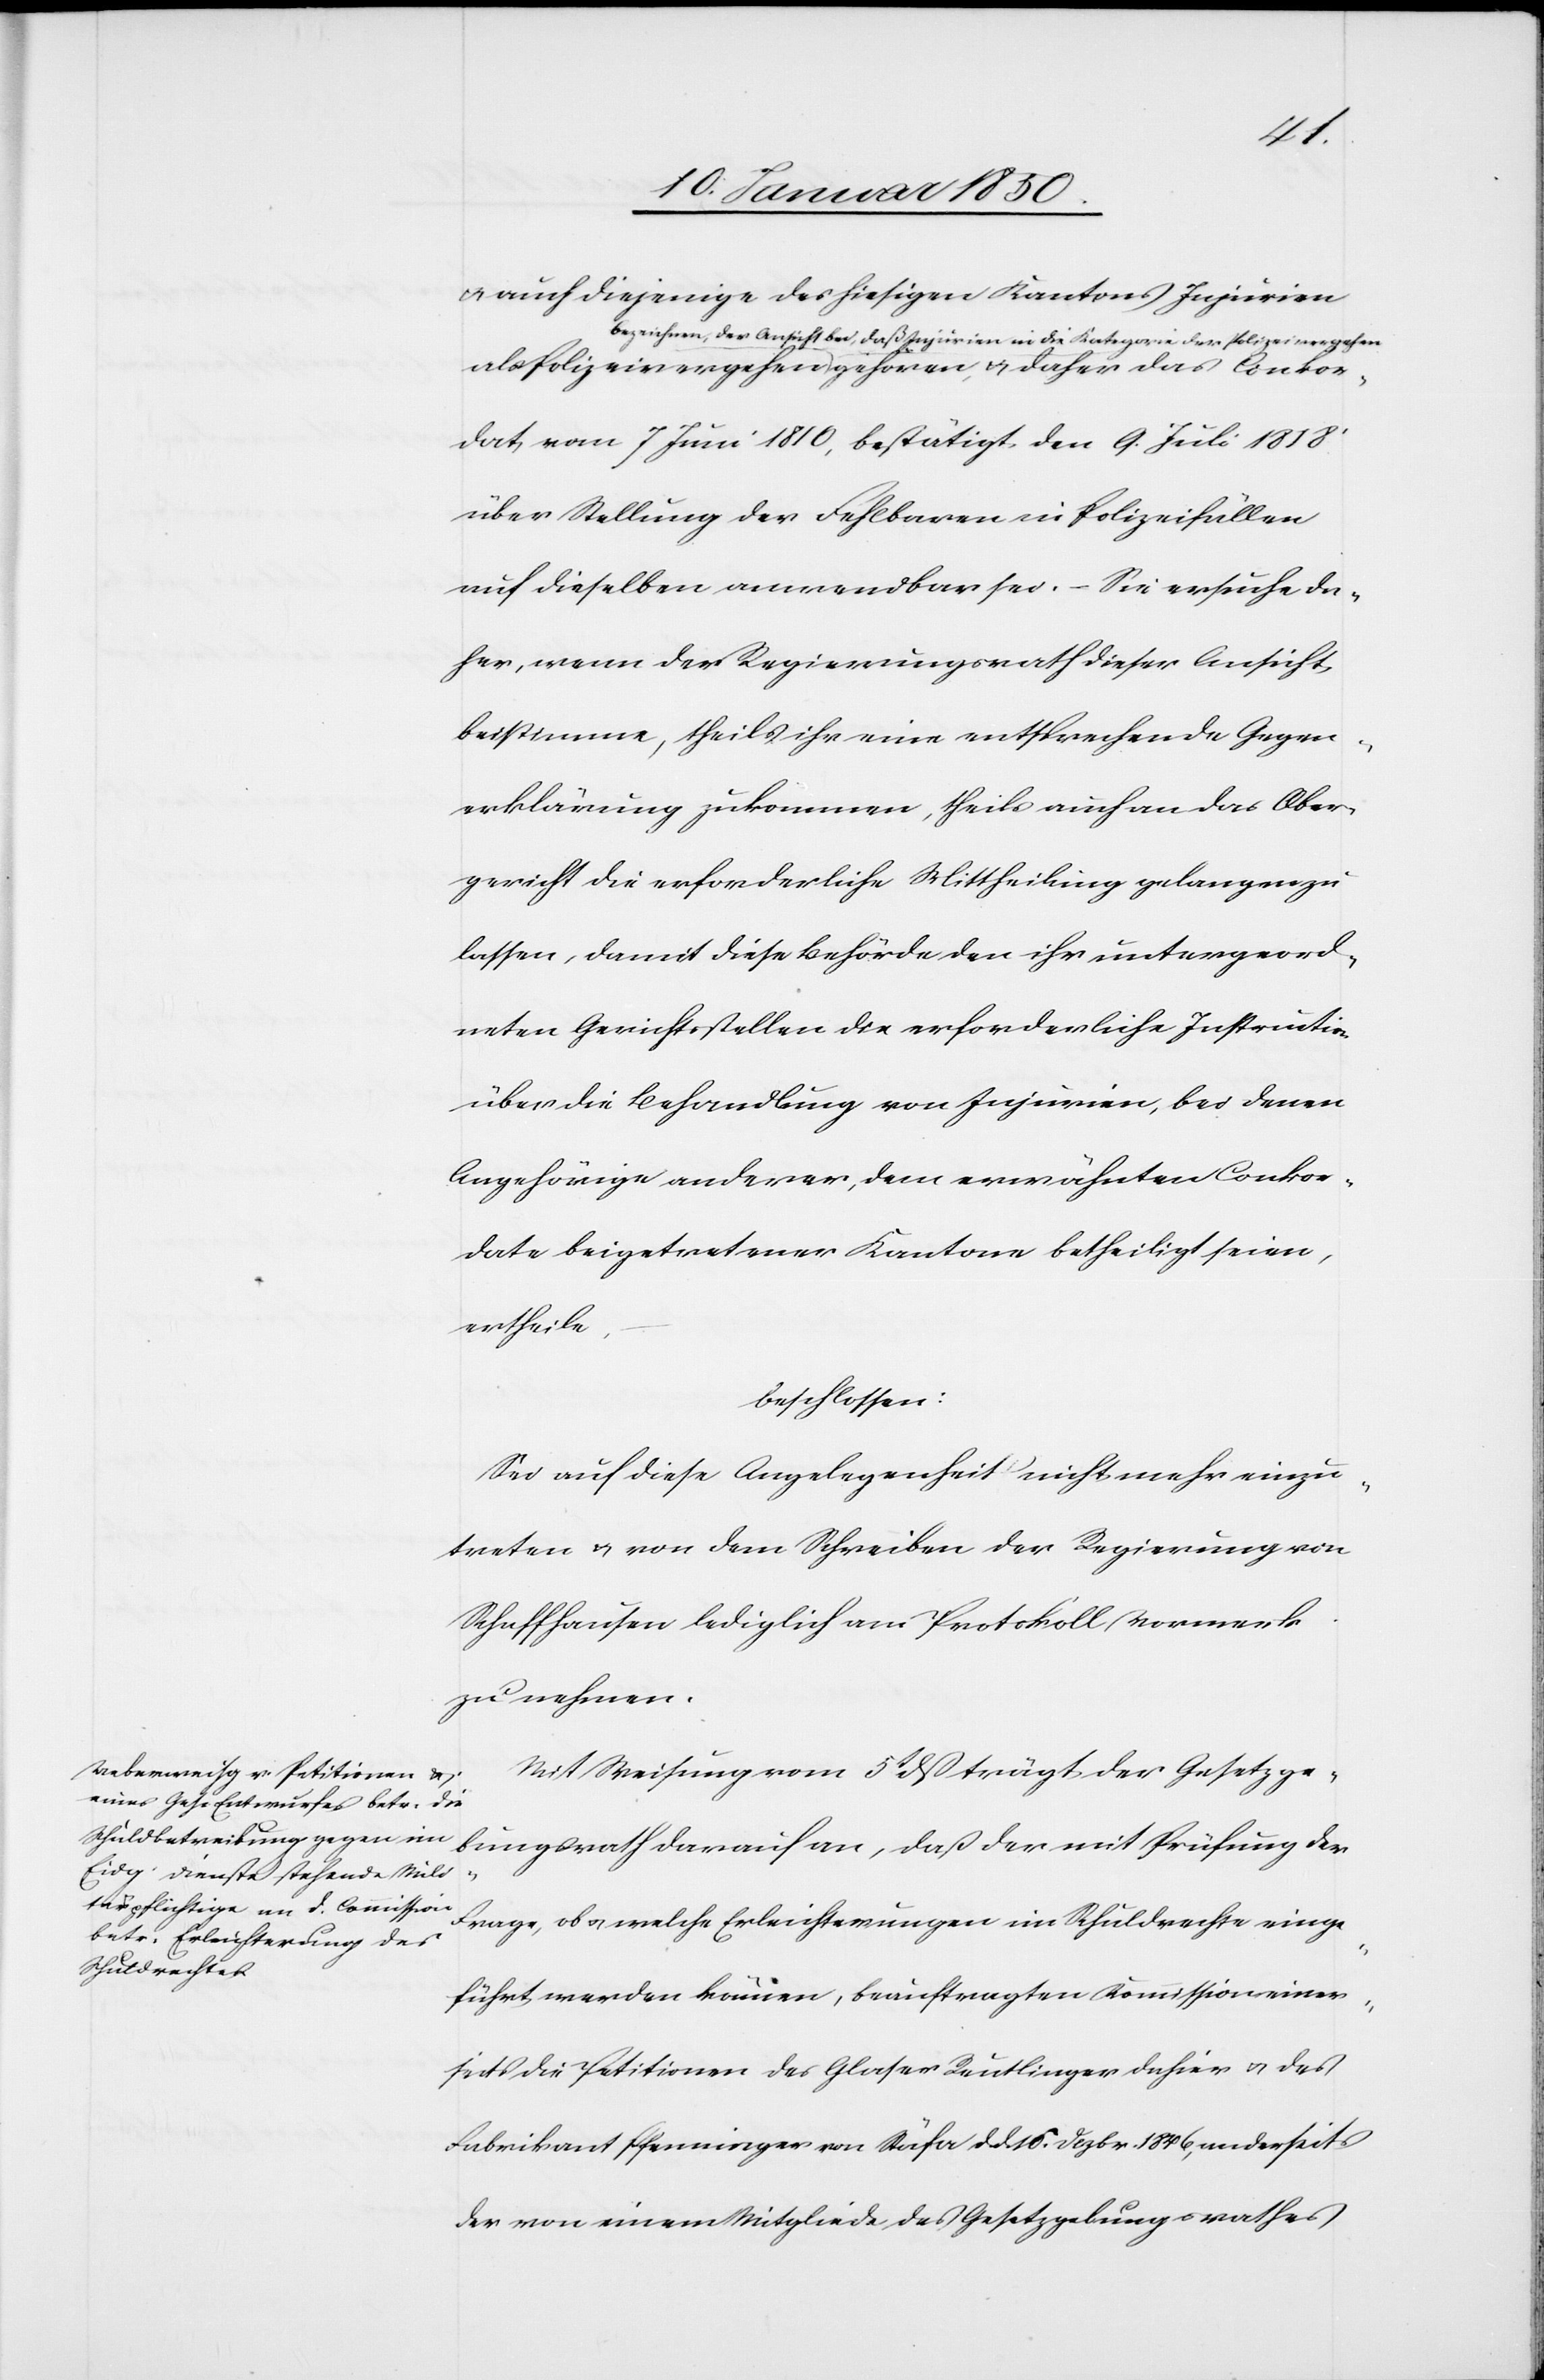
Conkor¬
u. auch diejenige des hiesigen Kantons Injurien
bezeichnen, der Ansicht bei, daß Injurien in die Kategorie der Polizeivergehen
dat vom 7 Juni 1810, bestätigt den 9. Juli 1818
über Stellung der Fehlbaren in Polizeifällen
auf dieselben anwendbar sei. Sie ersuche da¬
her, wenn der Regierungsrath dieser Ansicht
beistimme, theils ihr eine entsprechende Gegen¬
erklärung zukommen, theils auch an das Ober¬
gericht die erforderliche Mittheilung gelangen zu
lassen, damit diese Behörde den ihr untergeord¬
neten Gerichtsstellen die erforderliche Instruction
über die Behandlung von Injurien, bei denen
Angehörige anderer, dem erwähnten Conkor¬
date beigetretener Kantone betheiligt seien,
ertheile.
beschlossen:
Sei auf diese Angelegenheit nicht mehr einzu¬
treten u. von dem Schreiben der Regierung von
Schaffhausen lediglich am Protokoll Vormerk
zu nehmen.
Mit Weisung vom 5t dß trägt der Gesetzge¬
u.
bungsrath darauf an, daß der mit Prüfung der
Frage, ob u. welche Erleichterungen im Schuldrechte einge¬
führt werden können, beauftragten Kommission einer¬
seits die Petitionen des Glaser Reutlinger dahier u. des
Fabrikant Pfenninger von Stäfa d. d. 16. Dezbr. 1846, anderseits
der von einem Mitgliede des Gesetzgebungsrathes